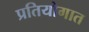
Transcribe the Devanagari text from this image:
प्रतियोगात